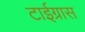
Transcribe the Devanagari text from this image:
टाईग्रास